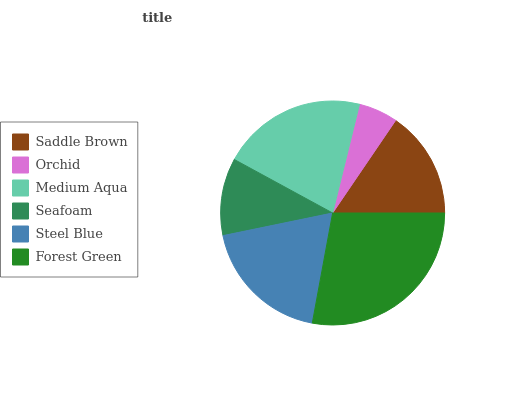
| Saddle Brown | Orchid | Medium Aqua | Seafoam | Steel Blue | Forest Green |
 | --- | --- | --- | --- | --- | --- |
 | 15.5% | 5.65% | 20.9% | 11.2% | 18.9% | 27.9% |